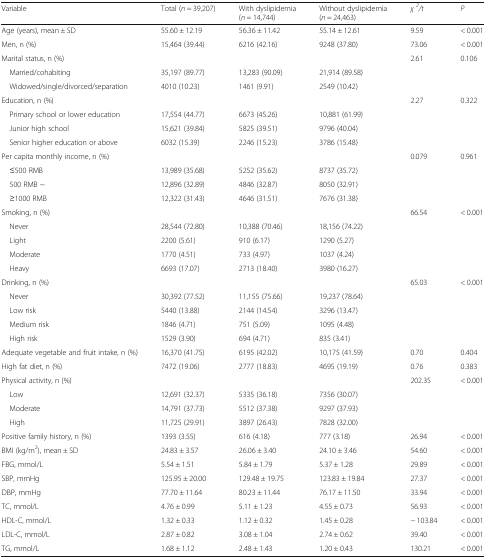
<table><thead><tr><td><b>Variable</b></td><td><b>Total (<i>n</i> = 39,207)</b></td><td><b>With dyslipidemia (<i>n</i> = 14,744)</b></td><td><b>Without dyslipidemia (<i>n</i> = 24,463)</b></td><td><b><i>χ</i><sup><i>2</i></sup><i>/t</i></b></td><td><b><i>P</i></b></td></tr></thead><tbody><tr><td>Age (years), mean ± SD</td><td>55.60 ± 12.19</td><td>56.36 ± 11.42</td><td>55.14 ± 12.61</td><td>9.59</td><td>&lt; 0.001</td></tr><tr><td>Men, n (%)</td><td>15,464 (39.44)</td><td>6216 (42.16)</td><td>9248 (37.80)</td><td>73.06</td><td>&lt; 0.001</td></tr><tr><td>Marital status, n (%)</td><td></td><td></td><td></td><td>2.61</td><td>0.106</td></tr><tr><td> Married/cohabiting</td><td>35,197 (89.77)</td><td>13,283 (90.09)</td><td>21,914 (89.58)</td><td></td><td></td></tr><tr><td> Widowed/single/divorced/separation</td><td>4010 (10.23)</td><td>1461 (9.91)</td><td>2549 (10.42)</td><td></td><td></td></tr><tr><td>Education, n (%)</td><td></td><td></td><td></td><td>2.27</td><td>0.322</td></tr><tr><td> Primary school or lower education</td><td>17,554 (44.77)</td><td>6673 (45.26)</td><td>10,881 (61.99)</td><td></td><td></td></tr><tr><td> Junior high school</td><td>15,621 (39.84)</td><td>5825 (39.51)</td><td>9796 (40.04)</td><td></td><td></td></tr><tr><td> Senior higher education or above</td><td>6032 (15.39)</td><td>2246 (15.23)</td><td>3786 (15.48)</td><td></td><td></td></tr><tr><td>Per capita monthly income, n (%)</td><td></td><td></td><td></td><td>0.079</td><td>0.961</td></tr><tr><td> ≤500 RMB</td><td>13,989 (35.68)</td><td>5252 (35.62)</td><td>8737 (35.72)</td><td></td><td></td></tr><tr><td> 500 RMB ~</td><td>12,896 (32.89)</td><td>4846 (32.87)</td><td>8050 (32.91)</td><td></td><td></td></tr><tr><td> ≥1000 RMB</td><td>12,322 (31.43)</td><td>4646 (31.51)</td><td>7676 (31.38)</td><td></td><td></td></tr><tr><td>Smoking, n (%)</td><td></td><td></td><td></td><td>66.54</td><td>&lt; 0.001</td></tr><tr><td> Never</td><td>28,544 (72.80)</td><td>10,388 (70.46)</td><td>18,156 (74.22)</td><td></td><td></td></tr><tr><td> Light</td><td>2200 (5.61)</td><td>910 (6.17)</td><td>1290 (5.27)</td><td></td><td></td></tr><tr><td> Moderate</td><td>1770 (4.51)</td><td>733 (4.97)</td><td>1037 (4.24)</td><td></td><td></td></tr><tr><td> Heavy</td><td>6693 (17.07)</td><td>2713 (18.40)</td><td>3980 (16.27)</td><td></td><td></td></tr><tr><td>Drinking, n (%)</td><td></td><td></td><td></td><td>65.03</td><td>&lt; 0.001</td></tr><tr><td> Never</td><td>30,392 (77.52)</td><td>11,155 (75.66)</td><td>19,237 (78.64)</td><td></td><td></td></tr><tr><td> Low risk</td><td>5440 (13.88)</td><td>2144 (14.54)</td><td>3296 (13.47)</td><td></td><td></td></tr><tr><td> Medium risk</td><td>1846 (4.71)</td><td>751 (5.09)</td><td>1095 (4.48)</td><td></td><td></td></tr><tr><td> High risk</td><td>1529 (3.90)</td><td>694 (4.71)</td><td>835 (3.41)</td><td></td><td></td></tr><tr><td>Adequate vegetable and fruit intake, n (%)</td><td>16,370 (41.75)</td><td>6195 (42.02)</td><td>10,175 (41.59)</td><td>0.70</td><td>0.404</td></tr><tr><td>High fat diet, n (%)</td><td>7472 (19.06)</td><td>2777 (18.83)</td><td>4695 (19.19)</td><td>0.76</td><td>0.383</td></tr><tr><td>Physical activity, n (%)</td><td></td><td></td><td></td><td>202.35</td><td>&lt; 0.001</td></tr><tr><td> Low</td><td>12,691 (32.37)</td><td>5335 (36.18)</td><td>7356 (30.07)</td><td></td><td></td></tr><tr><td> Moderate</td><td>14,791 (37.73)</td><td>5512 (37.38)</td><td>9297 (37.93)</td><td></td><td></td></tr><tr><td> High</td><td>11,725 (29.91)</td><td>3897 (26.43)</td><td>7828 (32.00)</td><td></td><td></td></tr><tr><td>Positive family history, n (%)</td><td>1393 (3.55)</td><td>616 (4.18)</td><td>777 (3.18)</td><td>26.94</td><td>&lt; 0.001</td></tr><tr><td>BMI (kg/m<sup>2</sup>), mean ± SD</td><td>24.83 ± 3.57</td><td>26.06 ± 3.40</td><td>24.10 ± 3.46</td><td>54.60</td><td>&lt; 0.001</td></tr><tr><td>FBG, mmol/L</td><td>5.54 ± 1.51</td><td>5.84 ± 1.79</td><td>5.37 ± 1.28</td><td>29.89</td><td>&lt; 0.001</td></tr><tr><td>SBP, mmHg</td><td>125.95 ± 20.00</td><td>129.48 ± 19.75</td><td>123.83 ± 19.84</td><td>27.37</td><td>&lt; 0.001</td></tr><tr><td>DBP, mmHg</td><td>77.70 ± 11.64</td><td>80.23 ± 11.44</td><td>76.17 ± 11.50</td><td>33.94</td><td>&lt; 0.001</td></tr><tr><td>TC, mmol/L</td><td>4.76 ± 0.99</td><td>5.11 ± 1.23</td><td>4.55 ± 0.73</td><td>56.93</td><td>&lt; 0.001</td></tr><tr><td>HDL-C, mmol/L</td><td>1.32 ± 0.33</td><td>1.12 ± 0.32</td><td>1.45 ± 0.28</td><td>− 103.84</td><td>&lt; 0.001</td></tr><tr><td>LDL-C, mmol/L</td><td>2.87 ± 0.82</td><td>3.08 ± 1.04</td><td>2.74 ± 0.62</td><td>39.40</td><td>&lt; 0.001</td></tr><tr><td>TG, mmol/L</td><td>1.68 ± 1.12</td><td>2.48 ± 1.43</td><td>1.20 ± 0.43</td><td>130.21</td><td>&lt; 0.001</td></tr></tbody></table>